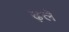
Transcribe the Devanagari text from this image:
ढ़ले